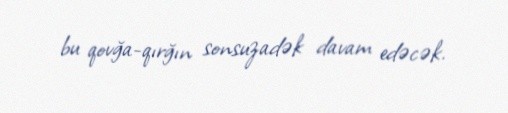
bu qovğa-qırğın sonsuzadək davam edəcək.